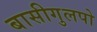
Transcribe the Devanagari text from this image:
बासीगुलपो